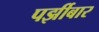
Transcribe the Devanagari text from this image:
पर्झीबार